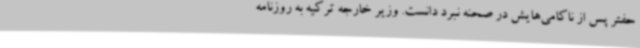
حفتر پس از ناکامی‌هایش در صحنه نبرد دانست. وزیر خارجه ترکیه به روزنامه